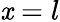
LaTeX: \mathit{x}=l